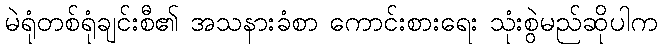
မဲရုံတစ်ရုံချင်းစီ၏ အသနားခံစာ ကောင်းစားရေး သုံးစွဲမည်ဆိုပါက